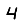
Digit: 4